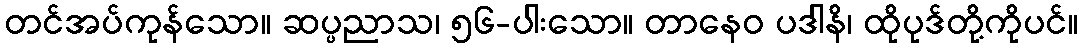
တင်အပ်ကုန်သော။ ဆပ္ပညာသ၊ ၅၆-ပါးသော။ တာနေဝ ပဒါနိ၊ ထိုပုဒ်တို့ကိုပင်။